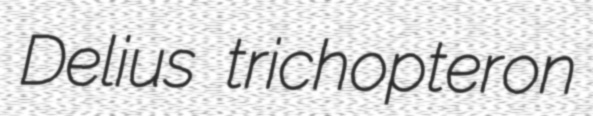
Delius trichopteron